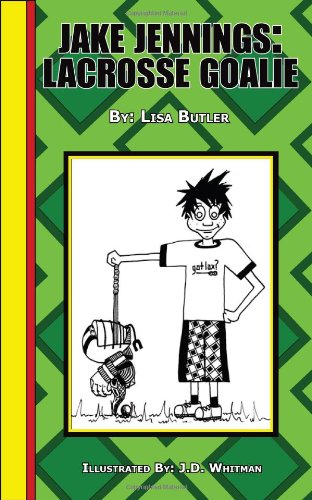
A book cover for Jake Jennings: Lacrosse Goalie; Lisa Butler; Sports & Outdoors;